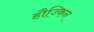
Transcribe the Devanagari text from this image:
हौज्किन